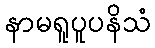
နာမရူပူပနိသံ